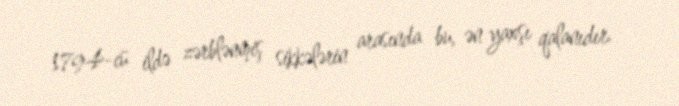
1794-cü ildə zərblənmiş sikkələrin arasında bu, ən yaxşı qalanıdır.